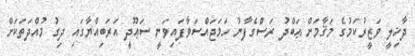
ދާޚިލީ ވަޒީރުކަމުގެ މަޤާމަށް ޢަބްދު ރަސްގެފާނު ހަމަޖައްސަވާފައިވަނީ ސަޢޫދީ އަރަބިއްޔާގައި ދިގު މުއްދަތަކަށް